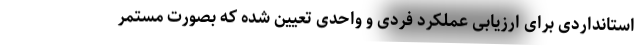
استانداردی برای ارزیابی عملکرد فردی و واحدی تعیین شده که بصورت مستمر